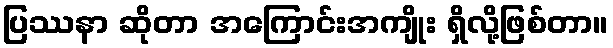
ပြဿနာ ဆိုတာ အကြောင်းအကျိုး ရှိလို့ဖြစ်တာ။